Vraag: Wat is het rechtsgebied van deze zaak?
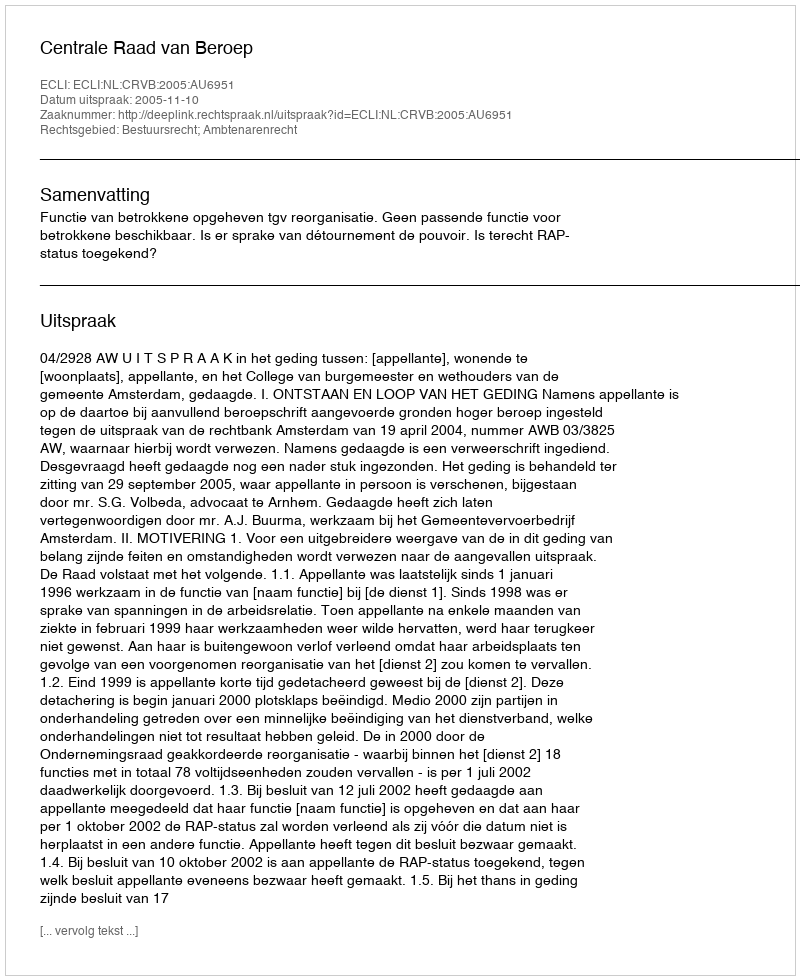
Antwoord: Bestuursrecht; Ambtenarenrecht